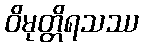
ဝိမုတ္တိရသဿ